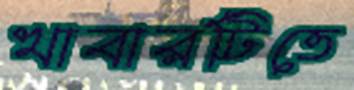
খাবারটিতে